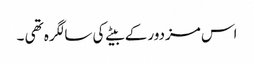
اس مزدور کے بیٹے کی سالگرہ تھی ۔